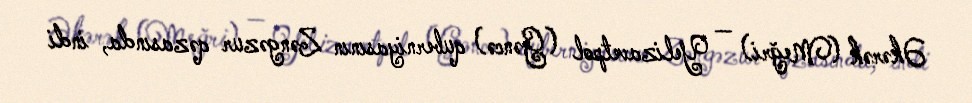
Əkərək (Meğri) — Yelizavetpol (Gəncə) quberniyasının Zəngəzur qəzasında, indi